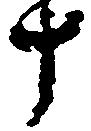
十